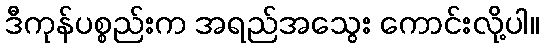
ဒီကုန်ပစ္စည်းက အရည်အသွေး ကောင်းလို့ပါ။